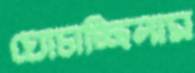
ঘোচাচ্ছিলাম